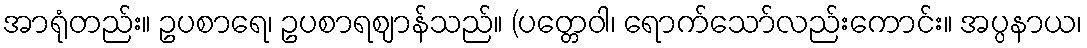
အာရုံတည်း။ ဥပစာရေ၊ ဥပစာရဈာန်သည်။ (ပတ္တေဝါ၊ ရောက်သော်လည်းကောင်း။ အပ္ပနာယ၊